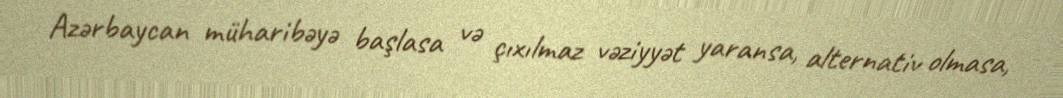
Azərbaycan müharibəyə başlasa və çıxılmaz vəziyyət yaransa, alternativ olmasa,